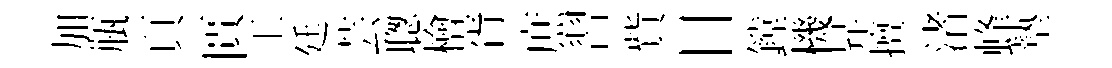
加瓶頁匱工廷芸聦檜胥庶習貲日鏜機昇擅渚蜂墊